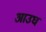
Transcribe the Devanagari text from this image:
आउघ